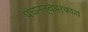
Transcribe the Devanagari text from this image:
पंचनत्वप्रकाश